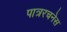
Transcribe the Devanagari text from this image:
पात्ररचनेस